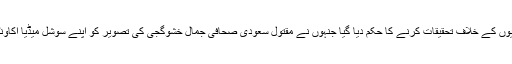
ایف آئی اے کو ان پانچ صحافیوں کے خلاف تحقیقات کرنے کا حکم دیا گیا جنہوں نے مقتول سعودی صحافی جمال خشوگجی کی تصویر کو اپنے سوشل میڈیا اکاؤنٹس پر بطور ڈی پی لگایا تھا۔